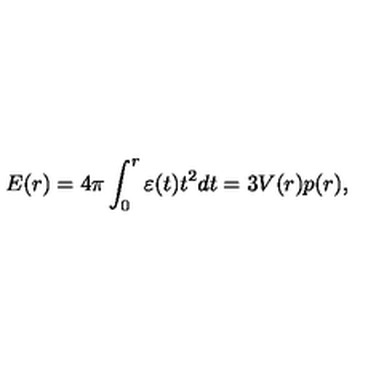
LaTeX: E ( r ) = 4 \pi \int _ { 0 } ^ { r } { \varepsilon ( t ) t ^ { 2 } d t } = 3 V ( r ) p ( r ) ,